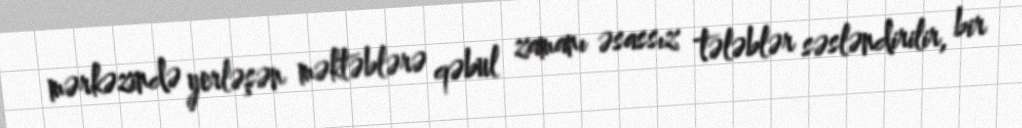
mərkəzində yerləşən məktəblərə qəbul zamanı əsassız tələblər səsləndirilir, bir